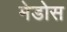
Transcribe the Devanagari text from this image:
मेडोस